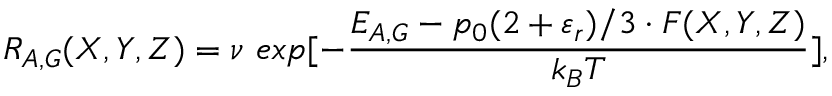
\, \, R _ { A , G } ( X , Y , Z ) = \nu \ e x p [ - \frac { E _ { A , G } - p _ { 0 } ( 2 + \varepsilon _ { r } ) / 3 \cdot F ( X , Y , Z ) } { k _ { B } T } ] ,